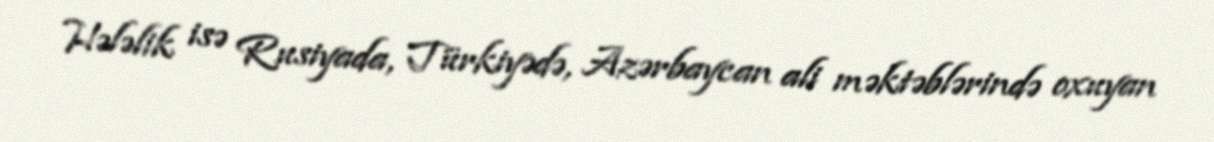
Hələlik isə Rusiyada, Türkiyədə, Azərbaycan ali məktəblərində oxuyan